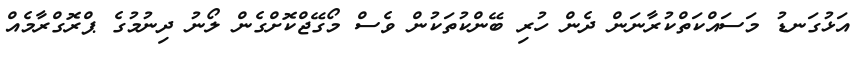
އަޅުގަނޑު މަސައްކަތްކުރާނަން ދެން ހުރި ބޭންކުތަކުން ވެސް މޯގޭޖްކޮށްގެން ލޯނު ދިނުމުގެ ޕްރޮގްރާމެއް